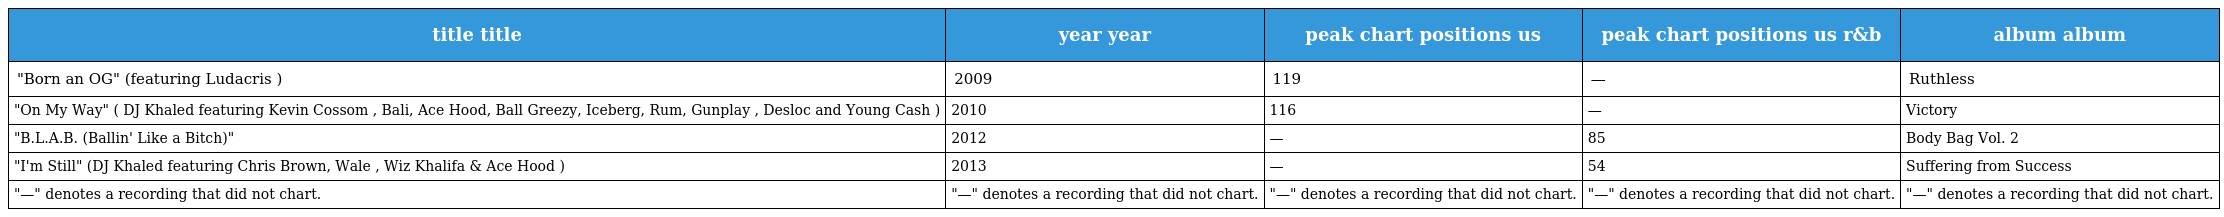
| title title | year year | peak chart positions us | peak chart positions us r&b | album album |
 | --- | --- | --- | --- | --- |
 | "Born an OG" (featuring Ludacris ) | 2009 | 119 | — | Ruthless |
 | "On My Way" ( DJ Khaled featuring Kevin Cossom , Bali, Ace Hood, Ball Greezy, Iceberg, Rum, Gunplay , Desloc and Young Cash ) | 2010 | 116 | — | Victory |
 | "B.L.A.B. (Ballin' Like a Bitch)" | 2012 | — | 85 | Body Bag Vol. 2 |
 | "I'm Still" (DJ Khaled featuring Chris Brown, Wale , Wiz Khalifa & Ace Hood ) | 2013 | — | 54 | Suffering from Success |
 | "—" denotes a recording that did not chart. | "—" denotes a recording that did not chart. | "—" denotes a recording that did not chart. | "—" denotes a recording that did not chart. | "—" denotes a recording that did not chart. |